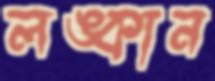
লঙ্কান